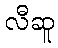
လီဆူ